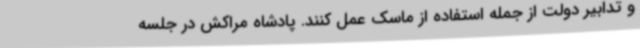
و تدابیر دولت از جمله استفاده از ماسک عمل کنند. پادشاه مراکش در جلسه